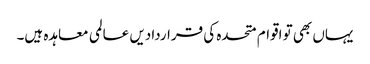
یہاں بھی تو اقوام متحدہ کی قراردادیں عالمی معاہدہ ہیں۔